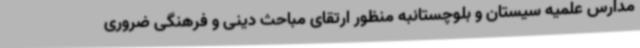
مدارس علمیه سیستان و بلوچستانبه منظور ارتقای مباحث دینی و فرهنگی ضروری